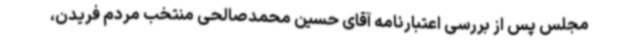
مجلس پس از بررسی اعتبارنامه آقای حسین محمدصالحی منتخب مردم فریدن،